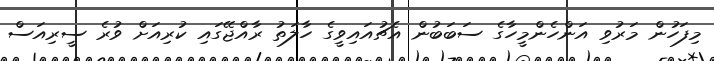
މިފަހުން މަރުވި އަންހެންމީހާގެ ސަބަބުން އެޗުއައިވީގެ ހާލަތު ރާއްޖޭގައި ކުރިއަށް ވުރެ ސީރިއަސް